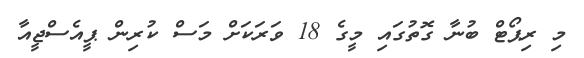
މި ރިޕޯޓް ބުނާ ގޮތުގައި މީގެ 18 ވަރަކަށް މަސް ކުރިން ޕީއެސްޖީއާ